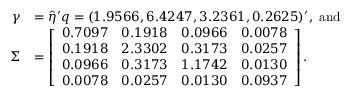
\begin{array} { r l } { \gamma } & { = \hat { \eta } ^ { \prime } q = ( 1 . 9 5 6 6 , 6 . 4 2 4 7 , 3 . 2 3 6 1 , 0 . 2 6 2 5 ) ^ { \prime } , \mathrm { ~ a n d } } \\ { \Sigma } & { = \left[ \begin{array} { l l l l } { 0 . 7 0 9 7 } & { 0 . 1 9 1 8 } & { 0 . 0 9 6 6 } & { 0 . 0 0 7 8 } \\ { 0 . 1 9 1 8 } & { 2 . 3 3 0 2 } & { 0 . 3 1 7 3 } & { 0 . 0 2 5 7 } \\ { 0 . 0 9 6 6 } & { 0 . 3 1 7 3 } & { 1 . 1 7 4 2 } & { 0 . 0 1 3 0 } \\ { 0 . 0 0 7 8 } & { 0 . 0 2 5 7 } & { 0 . 0 1 3 0 } & { 0 . 0 9 3 7 } \end{array} \right] . } \end{array}